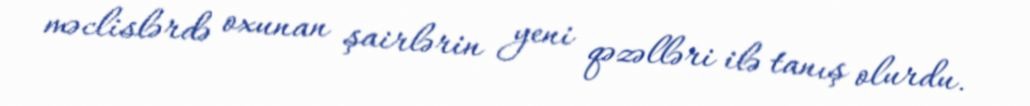
məclislərdə oxunan şairlərin yeni qəzəlləri ilə tanış olurdu.